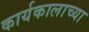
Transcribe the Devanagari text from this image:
कार्यकालाच्या